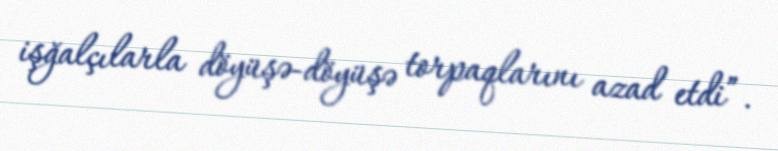
işğalçılarla döyüşə-döyüşə torpaqlarını azad etdi”.